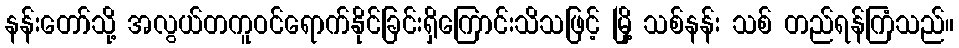
နန်းတော်သို့ အလွယ်တကူဝင်ရောက်နိုင်ခြင်းရှိကြောင်းသိသဖြင့် မြို့ သစ်နန်း သစ် တည်ရန်ကြံသည်။